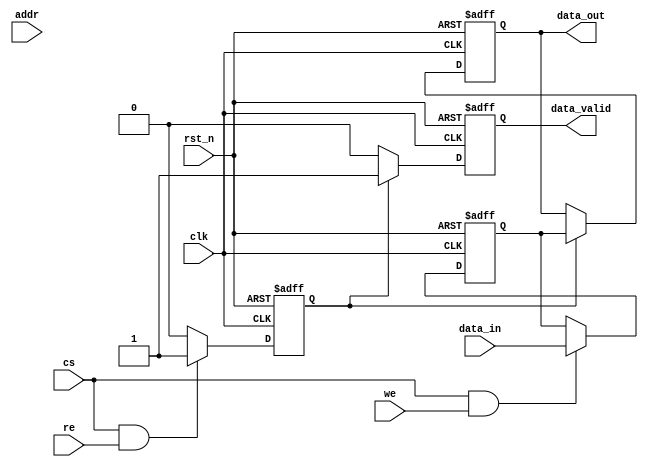
module mram_io_block (
    input wire clk,                  // System clock
    input wire rst_n,                // Active low reset
    input wire cs,                   // Chip Select
    input wire we,                   // Write Enable
    input wire re,                   // Read Enable
    input wire [ADDR_WIDTH-1:0] addr, // Address bus
    input wire [DATA_WIDTH-1:0] data_in, // Data input bus
    output reg [DATA_WIDTH-1:0] data_out, // Data output bus
    output reg data_valid            // Data valid signal
);

parameter ADDR_WIDTH = 8;          // Address width
parameter DATA_WIDTH = 16;         // Data width

// Internal signals
reg [DATA_WIDTH-1:0] data_buffer;  // Buffer for data
reg [ADDR_WIDTH-1:0] addr_latch;    // Latch for address
reg write_enable;                   // Internal write enable
reg read_enable;                    // Internal read enable

// Timing control signals
reg write_strobe;
reg read_strobe;

// Power management (placeholder for actual implementation)
reg power_on;

// Data latching and control logic
always @(posedge clk or negedge rst_n) begin
    if (!rst_n) begin
        data_buffer <= 0;
        addr_latch <= 0;
        data_out <= 0;
        data_valid <= 0;
        write_strobe <= 0;
        read_strobe <= 0;
        power_on <= 1; // Power on by default
    end else begin
        // Write operation
        if (cs && we) begin
            addr_latch <= addr;         // Latch address
            data_buffer <= data_in;     // Load data into buffer
            write_strobe <= 1;          // Assert write strobe
        end else begin
            write_strobe <= 0;          // Deassert write strobe
        end

        // Read operation
        if (cs && re) begin
            addr_latch <= addr;         // Latch address
            read_strobe <= 1;           // Assert read strobe
        end else begin
            read_strobe <= 0;           // Deassert read strobe
        end

        // Handle data output
        if (read_strobe) begin
            // Simulate data retrieval from MRAM core
            // In a real implementation, this would involve accessing the MRAM core
            data_out <= data_buffer;    // For simulation, output the buffered data
            data_valid <= 1;             // Assert data valid
        end else begin
            data_valid <= 0;             // Deassert data valid
        end
    end
end

endmodule